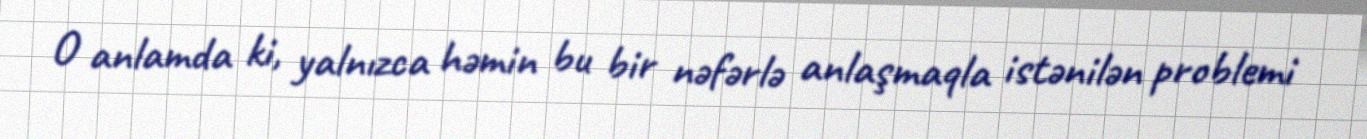
O anlamda ki, yalnızca həmin bu bir nəfərlə anlaşmaqla istənilən problemi